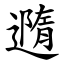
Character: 䢫